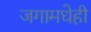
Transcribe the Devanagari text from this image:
जगामधेही